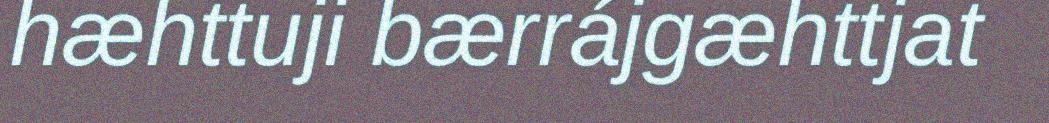
hæhttuji bærrájgæhttjat